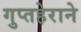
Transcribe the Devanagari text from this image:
गुप्तहेराने